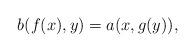
LaTeX: \begin{align*} b(f(x),y)=a(x,g(y)),\end{align*}